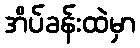
အိပ်ခန်းထဲမှာ